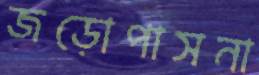
জড়োপাসনা